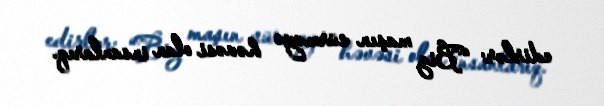
edirlər: “Biz maşın sürməyə həvəsi olan insanlarıq.